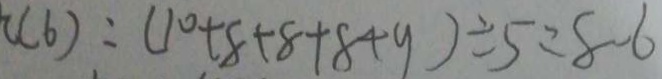
( 6 ) : ( 1 0 + 8 + 8 + 8 + 9 ) \div 5 = 8 . 6